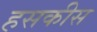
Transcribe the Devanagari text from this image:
हसकीस